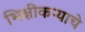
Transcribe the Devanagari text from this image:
भिक्षीकऱ्याचे